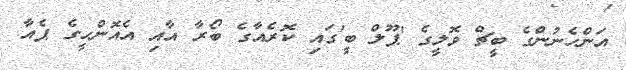
އަންހެނުންގެ ބީޗް ވޮލީގެ 'ޕޫލް ބީ'ގައި ކޮރެއާގެ ބޯރާ އާއި އެއޮންހީގެ ޕެއާ